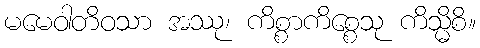
မမေဝါတိဝသာ အဿု၊ ကိစ္စာကိစ္စေသု ကိသ္မိစိ။